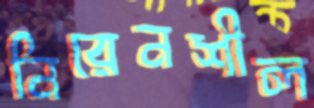
নিরেনশীল